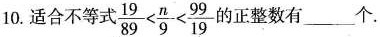
10.适合不等式器 $$\frac{19}{89} < \frac{n}{9} < \frac{99}{19}$$ 的正整数有_____个。